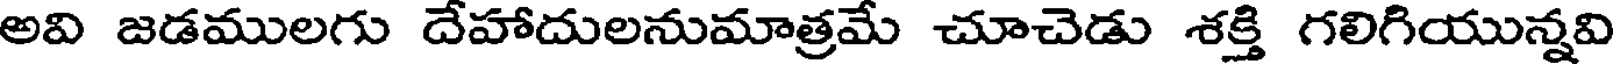
అవి జడములగు దేహాదులనుమాత్రమే చూచెడు శక్తి గలిగియున్నవి